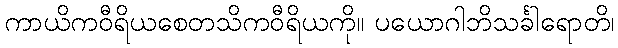
ကာယိကဝီရိယစေတသိကဝီရိယကို။ ပယောဂါဘိသင်္ခါရောတိ၊